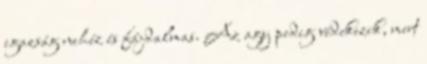
igazság nehéz és fájdalmas. Az agy pedig védekezik, mert